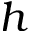
h